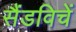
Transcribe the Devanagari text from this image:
सैंडविचें